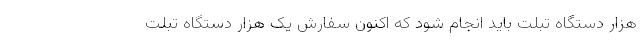
هزار دستگاه تبلت باید انجام شود که اکنون سفارش یک هزار دستگاه تبلت